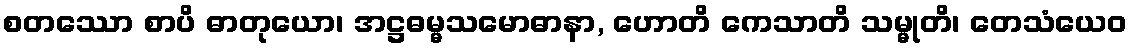
စတဿော စာပိ ဓာတုယော၊ အဋ္ဌဓမ္မသမောဓာနာ, ဟောတိ ကေသာတိ သမ္မုတိ၊ တေသံယေဝ